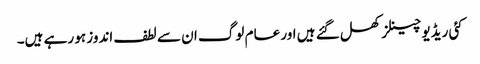
کئی ریڈیو چینلز کھل گئے ہیں اور عام لوگ ان سے لطف اندوز ہو رہے ہیں۔